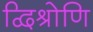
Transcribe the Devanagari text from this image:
द्विश्रोणि